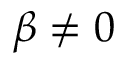
\beta \neq 0